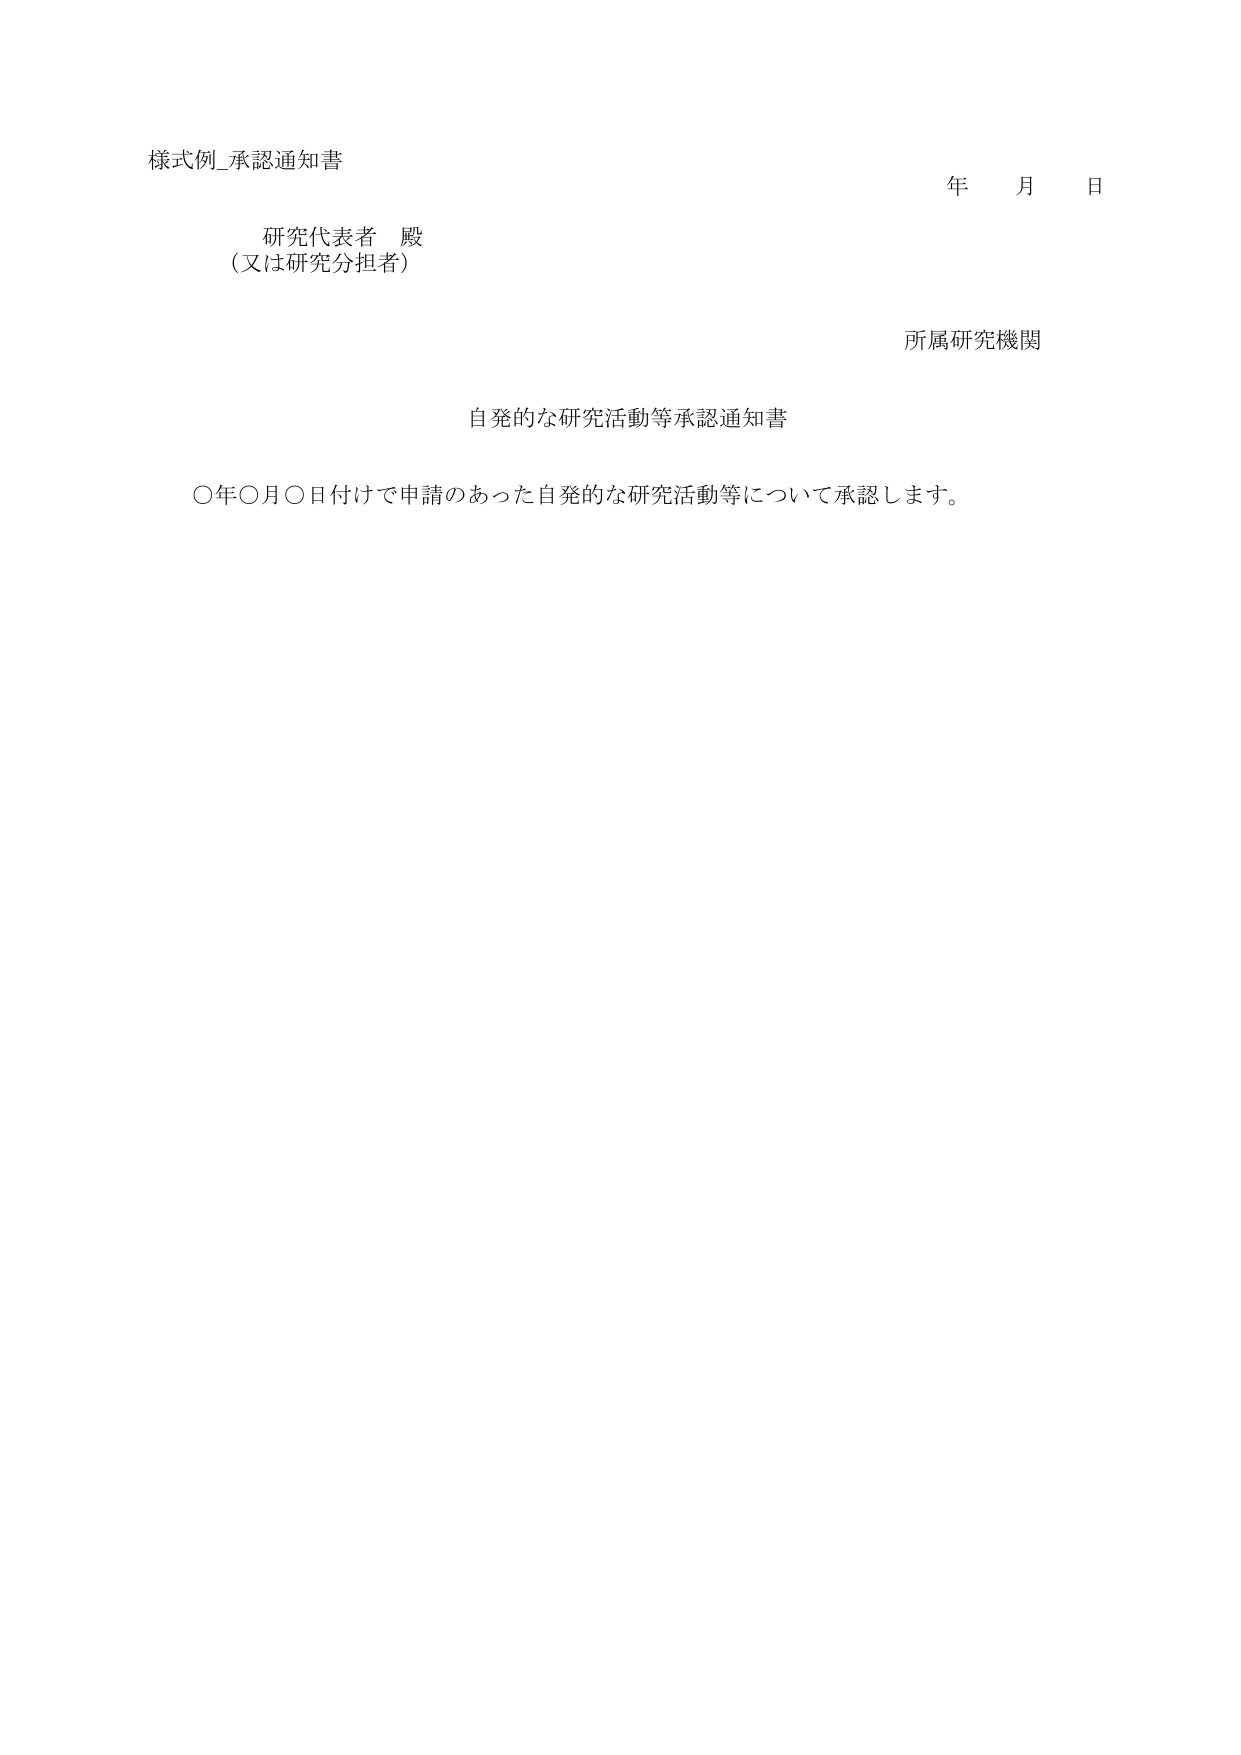
様式例_承認通知書

研究代表者 殿
（又は研究分担者）

年 月 日

所属研究機関

自発的な研究活動等承認通知書

〇年〇月〇日付けで申請のあった自発的な研究活動等について承認します。